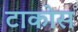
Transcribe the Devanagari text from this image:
टाकोस